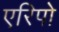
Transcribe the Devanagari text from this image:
एरिपो